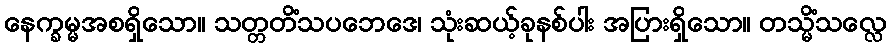
နေက္ခမ္မအစရှိသော။ သတ္တတိံသပဘေဒေ၊ သုံးဆယ့်ခုနစ်ပါး အပြားရှိသော။ တသ္မိံသလ္လေ